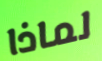
لماذا